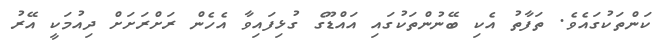
ކަންތަކުގައެވެ. ތަފާތު އެކި ބޭނުންތަކުގައި އައްޑޫގެ ގުޅިފައިވާ އެހެން ރަށްރަށަށް ދިއުމަކީ އޭރު